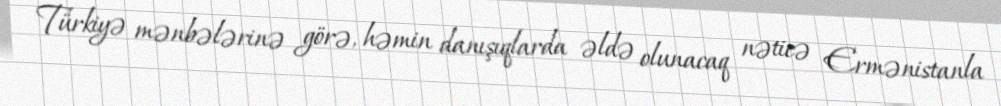
Türkiyə mənbələrinə görə, həmin danışıqlarda əldə olunacaq nəticə Ermənistanla